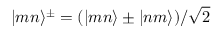
\vert m n \rangle ^ { \pm } = ( \vert m n \rangle \pm \vert n m \rangle ) / \sqrt { 2 }